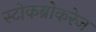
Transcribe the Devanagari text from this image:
स्टोकब्रोकरेज